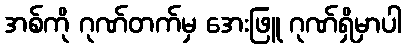
အစ်ကို ဂုဏ်တက်မှ အေးဖြူ ဂုဏ်ရှိမှာပါ